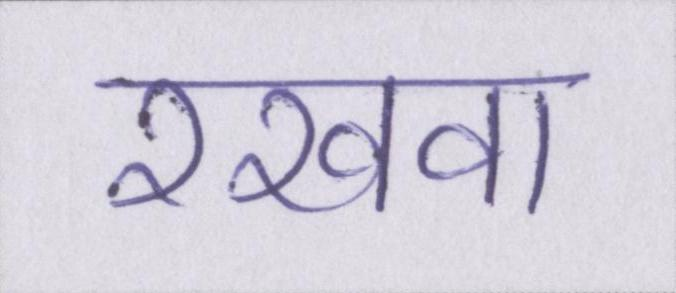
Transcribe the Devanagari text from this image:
रखवा